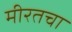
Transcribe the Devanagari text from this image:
मीरतचा